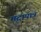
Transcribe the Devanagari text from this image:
मृदापात्र